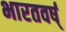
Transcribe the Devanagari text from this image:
भारतवर्ष्